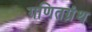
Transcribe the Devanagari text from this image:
गणितग्रंथ